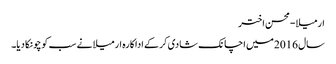
ارمیلا-محسن اختر
سال 2016میں اچانک شادی کرکے اداکارہ ارمیلا نے سب کو چونکا دیا۔